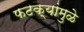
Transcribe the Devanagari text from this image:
फटक्यांमुळे